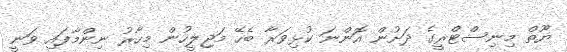
ޔޫތް މިނިސްޓްރީގެ ދަށުން އޮންނަ ކުޅިވަރާ ބެހޭ މަޖިލީހުން މިހާރު ނިންމާފައި ވަނީ